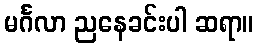
မင်္ဂလာ ညနေခင်းပါ ဆရာ။